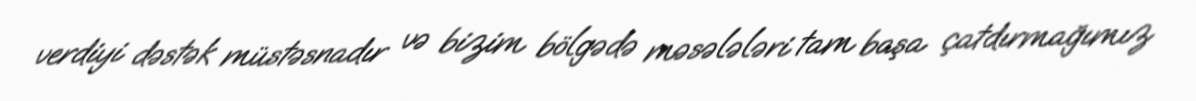
verdiyi dəstək müstəsnadır və bizim bölgədə məsələləri tam başa çatdırmağımız